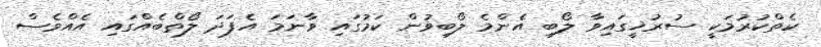
ކެތްކުރުމަކީ ސުރުޚީގައިވާ ލޯބި އެންމެ ލޯބިވުން ކަމުގައި ވާނަމަ އެފަދަ ލޯތްބެއްގައި އެއްވެސް